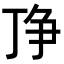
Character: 𬻗